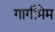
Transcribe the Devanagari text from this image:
गागीमेम